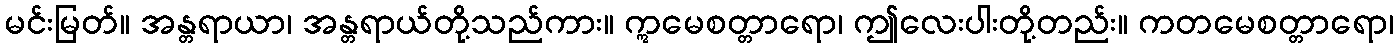
မင်းမြတ်။ အန္တရာယာ၊ အန္တရာယ်တို့သည်ကား။ ဣမေစတ္တာရော၊ ဤလေးပါးတို့တည်း။ ကတမေစတ္တာရော၊